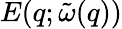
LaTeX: E(q;\tilde{\omega}(q))